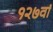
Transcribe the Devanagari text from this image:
१२७वां